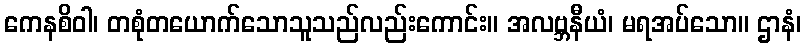
ကေနစိဝါ၊ တစုံတယောက်သောသူသည်လည်းကောင်း။ အလဗ္ဘနီယံ၊ မရအပ်သော။ ဌာနံ၊